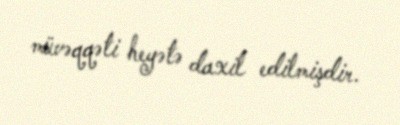
müvəqqəti heyətə daxil edilmişdir.